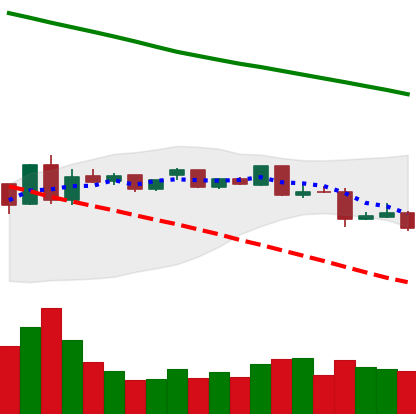
Ticker: ETC-USD
Chart end date: 2019-01-13
Forward return: 3.336%
Label: up_3_5